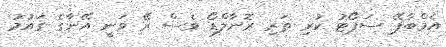
އެމްބާޕޭ ސަޕޯޓު ކުރި ތަރި ރޮނާލްޑޯ ވެސް ރޭ ވަނީ އޭނާގެ ގައުމު